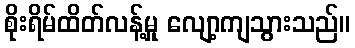
စိုးရိမ်ထိတ်လန့်မှု လျော့ကျသွားသည်။